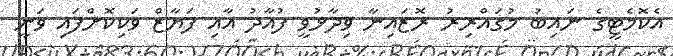
އެކޮމެޓީގެ ނައިބު މުގައްރިރު ރޮޒައިނާ ވިދާޅުވީ ފުއާދު އާއި ފަޔާޒް ވަކިކޮށްފައި ވަނީ